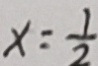
x = \frac { 1 } { 2 }